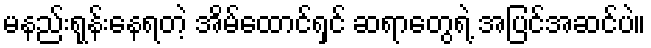
မနည်းရုန်းနေရတဲ့ အိမ်ထောင်ရှင် ဆရာတွေရဲ့ အပြင်အဆင်ပဲ။